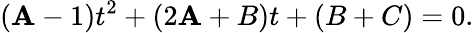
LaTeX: (\mathbf{A}-1)t^{2}+(2\mathbf{A}+B)t+(B+C)=0.